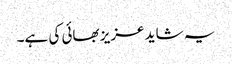
یہ شاید عزیز بھائی کی ہے۔